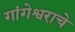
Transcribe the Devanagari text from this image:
गांगेश्वराचे